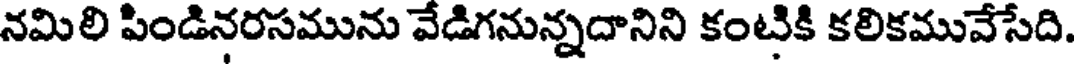
నమిలి పిండినరసమును వేడిగనున్నదానిని కంటికి కలికమువేసేది.